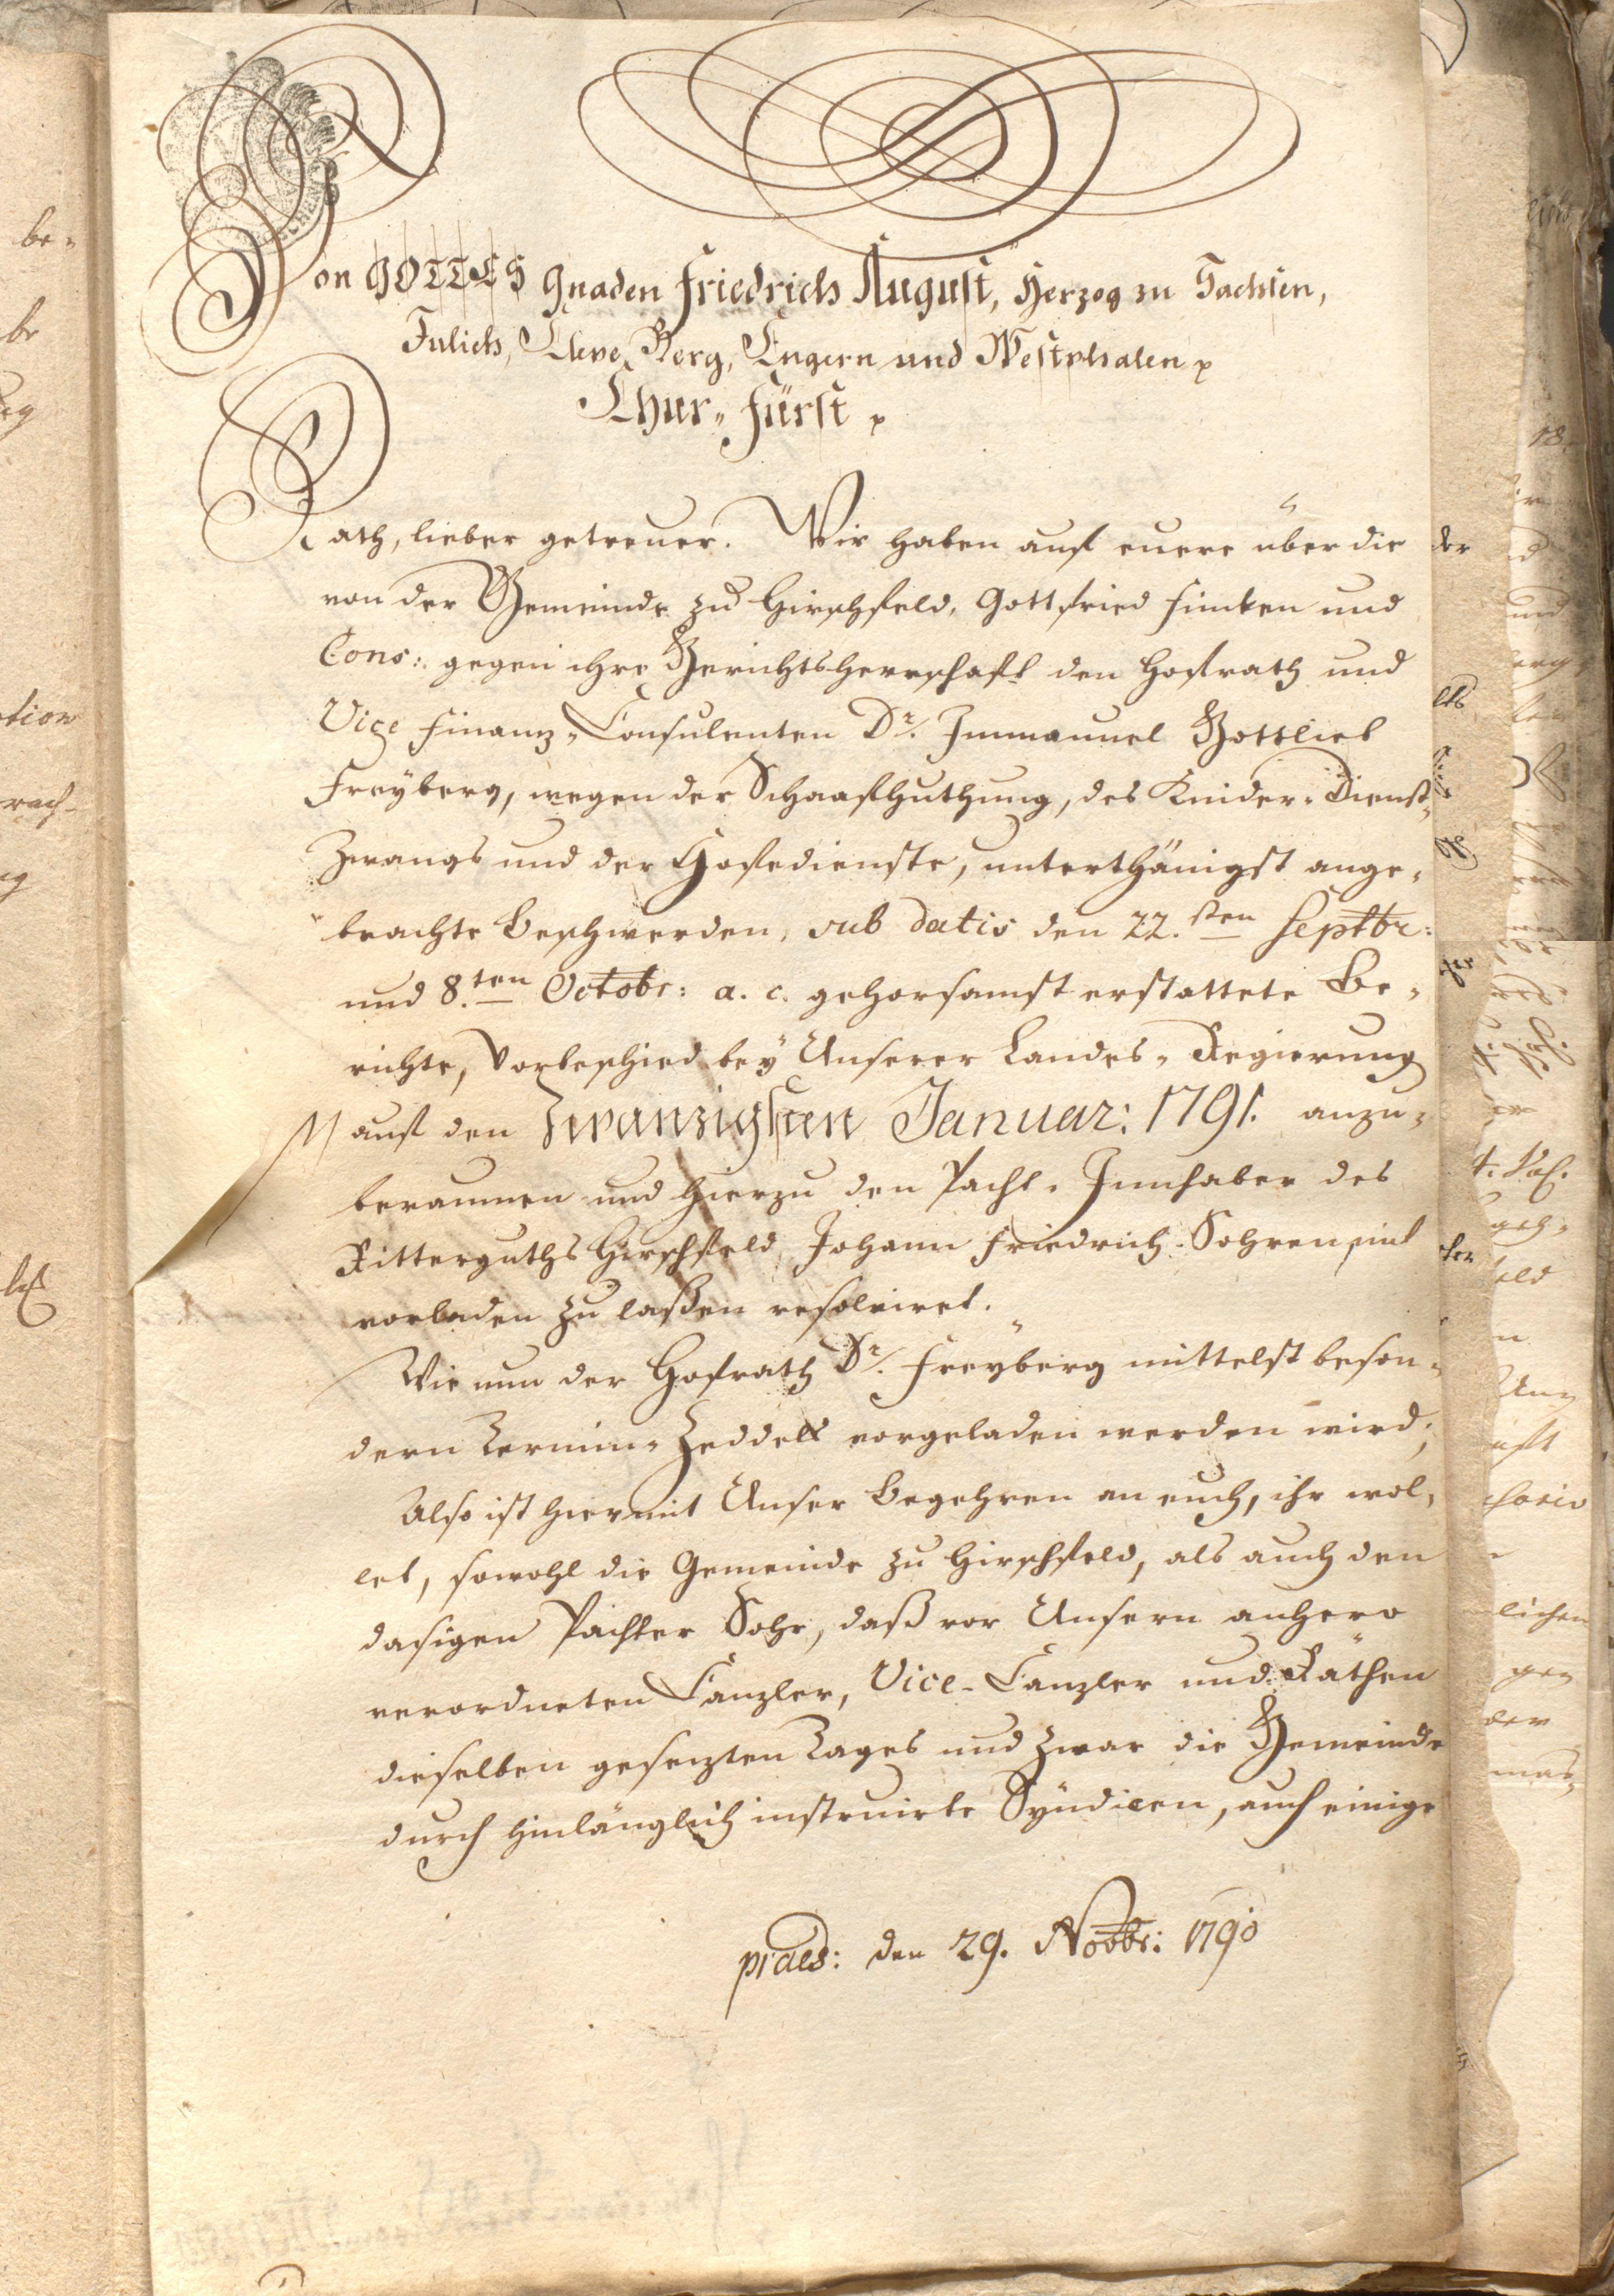
Von GOTTES Gnaden Friedrich August, Herzog zu Sachsen
Julich, Cleve, Berg, Engern und Westphalen etc.
Chur-Fürst etc.
Rath, lieber getreuer. Wir haben auf euere über die
von der Gemeinde zu Hirschfeld, Gottfried Finken und
Cons: gegen ihre Gerichtsherrschaft von Hofrath und
Vice Finanz-Consulenten Dr. Emmanuel Gottlieb
Freyberg, wegen der Schaafhuthung, des Kinder-Dienst
Zwangs und der Höfedienste, unterthänigst ange¬
brachte Beschwerden, sub datis den 22. sten Septbr:
und 8.ten Octobr: a.c. gehorsamst erstattete Be¬
richte, Vorbescheid bey Unserer Landes-Regierung
auf den Zwanzigsten Januar: 1791. anzu¬
beraumen und hierzu den Pacht - Innhaber des
Ritterguths Hirschfeld Johann Friedrich Sohren mit
vorladen zu laßen ersolviert.
Wie nun der Hofrath Dr. Freyberg mittelst beson¬
dern Termin-Zeddels vorgeladen werden wird,
Also ist hiermit Unser Begehren an euch, ihr wol¬
let, sowohl die Gemeinde zu Hirschfeld, als auch den
dasigen Pachter Sohr, daß vor Unseren anhero
verordneten Canzler, Vice-Canzler und Räthen
dieselben gesetzen Tages und zwar die Gemeinde
durch hinlänglich instruierte Syndicen, auf einige
praes: den 29. Novbr: 1790